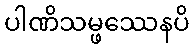
ပါဏိသမ္ဖဿေနပိ